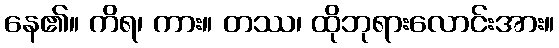
နေ၏။ ကိရ၊ ကား။ တဿ၊ ထိုဘုရားလောင်းအား။